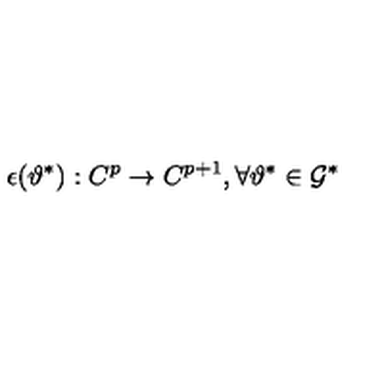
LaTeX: \epsilon ( \vartheta ^ { * } ) : C ^ { p } \rightarrow C ^ { p + 1 } , \forall \vartheta ^ { * } \in { \cal G } ^ { * }